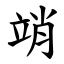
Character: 䇌